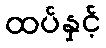
ထပ်နှင့်